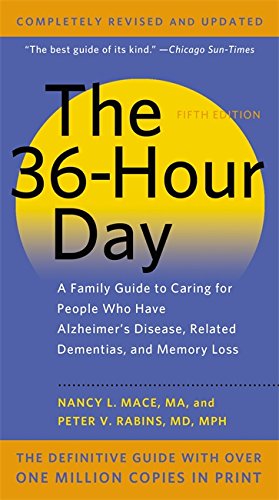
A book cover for The 36-Hour Day: A Family Guide to Caring for People Who Have Alzheimer Disease, Related Dementias, and Memory Loss; Nancy L. Mace; Medical Books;